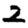
Digit: 2